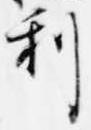
利